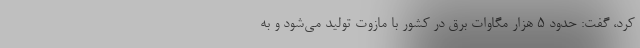
کرد، گفت: حدود ۵ هزار مگاوات برق در کشور با مازوت تولید می‌شود و به